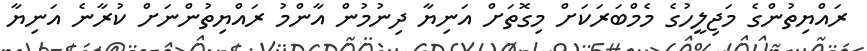
ރައްޔިތުންގެ މަޖިލީހުގެ މެމްބަރަކަށް މިގޮތަށް އަނިޔާ ދިނުމުން އާންމު ރައްޔިތުންނަށް ކުރާނެ އަނިޔާ